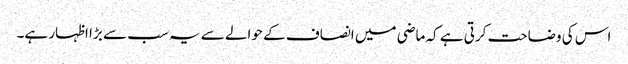
اس کی وضاحت کرتی ہے کہ ماضی میں انصاف کے حوالے سے یہ سب سے بڑا اظہار ہے۔